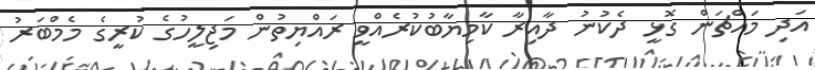
އަދި މައްޗަން ގޮޅީ ދެކުނު ދާއިރާ ކާމިޔާބުކުރެއްވީ ރައްޔިތުން މަޖިލީހުގެ ކުރީގެ މެމްބަރު